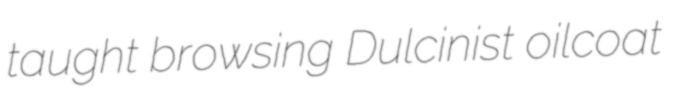
taught browsing Dulcinist oilcoat